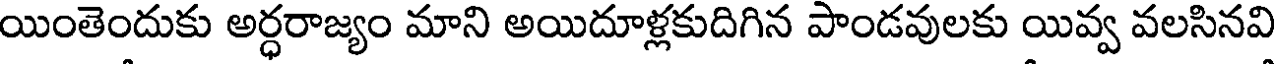
యింతెందుకు అర్ధరాజ్యం మాని అయిదూళ్లకుదిగిన పాండవులకు యివ్వ వలసినవి